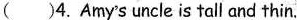
( )4. Amy's uncle is tall and thin.